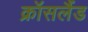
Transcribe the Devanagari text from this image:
क्रॉसलैंड